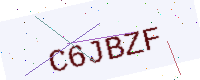
Text: C6JBZF